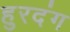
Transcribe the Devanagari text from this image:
हुरदंग